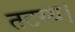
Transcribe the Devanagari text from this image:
तटस्थ।